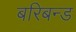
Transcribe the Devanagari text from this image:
बरिबन्ड